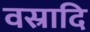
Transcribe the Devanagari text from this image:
वस्रादि